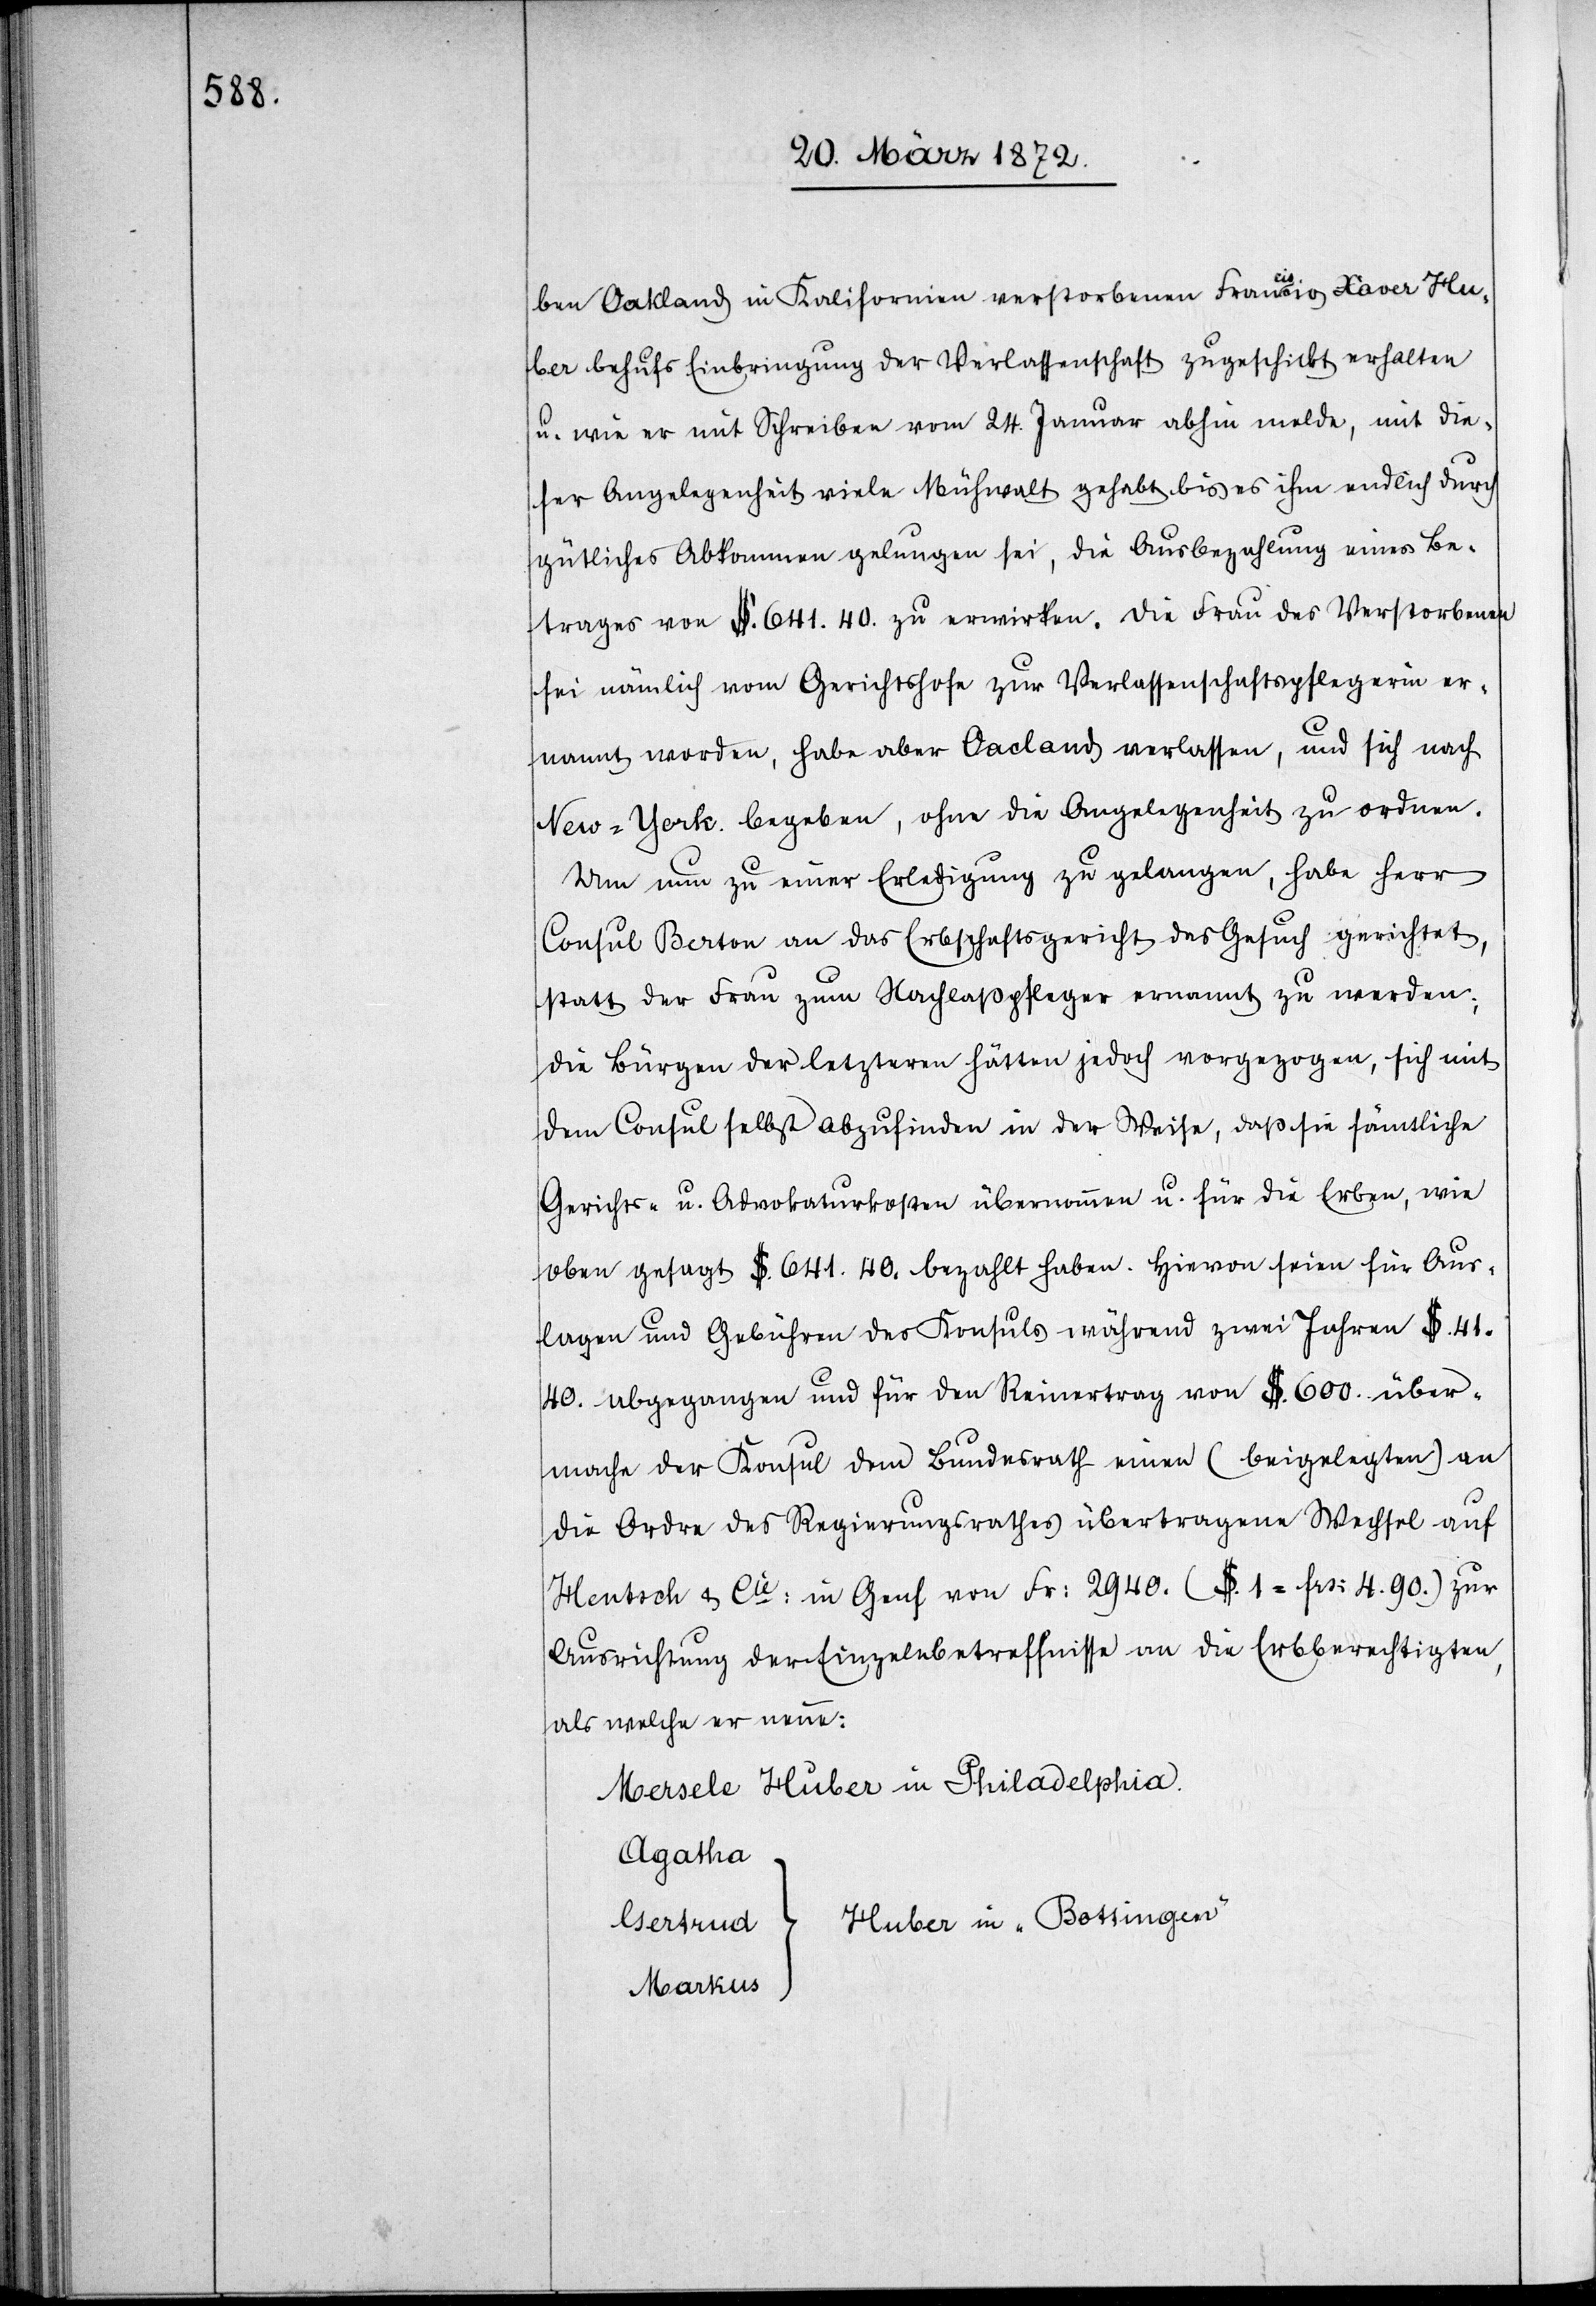
in] Oakland in Kalifornien verstorbenen Franciscio [sic!]
Huber behufs Einbringung der Verlassenschaft zugeschickt erhalten
u. wie er mit Schreiben vom 24. Januar abhin melde, mit die¬
ser Angelegenheit viele Mühwalt gehabt bis es ihm endlich durch
gütliches Abkommen gelungen sei, die Ausbezahlung eines Be¬
trages von $. 641.40. zu erwirken. Die Frau des Verstorbenen
sei nämlich vom Gerichtshofe zur Verlassenschaftspflegerin er¬
nannt worden, habe aber Oacland verlassen, und sich nach
New-York begeben, ohne die Angelegenheit zu ordnen.
Um nun zu einer Erledigung zu gelangen, habe Herr
Consul Berton an das Erbschaftsgericht das Gesuch gerichtet,
statt der Frau zum Nachlaßpfleger ernannt zu werden;
die Bürgen der letzteren hätten jedoch vorgezogen, sich mit
dem Consul selbst abzufinden in der Weise, daß sie sämtliche
Gerichts- u. Advokaturkosten übernommen u. für die Erben, wie
oben gesagt $. 641.40. bezahlt haben. Hievon seien für Aus¬
lagen und Gebühren des Konsuls während zwei Jahren $.
41.40. abgegangen und für den Reinertrag von $. 600. über¬
mache der Konsul dem Bundesrath einen (beigelegten) an
die Ordre des Regierungsrathes übertragenen Wechsel auf
Hentsch u. Co: in Genf von Fr: 2940. ($. 1 = frs: 4.90.) zur
Ausrichtung der Einzelnbetreffnisse an die Erbberechtigten,
als welche er nenne:
Mersele Huber in Philadelphia
Agatha
Markus